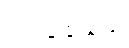
ပယ်ချခဲ့သည်